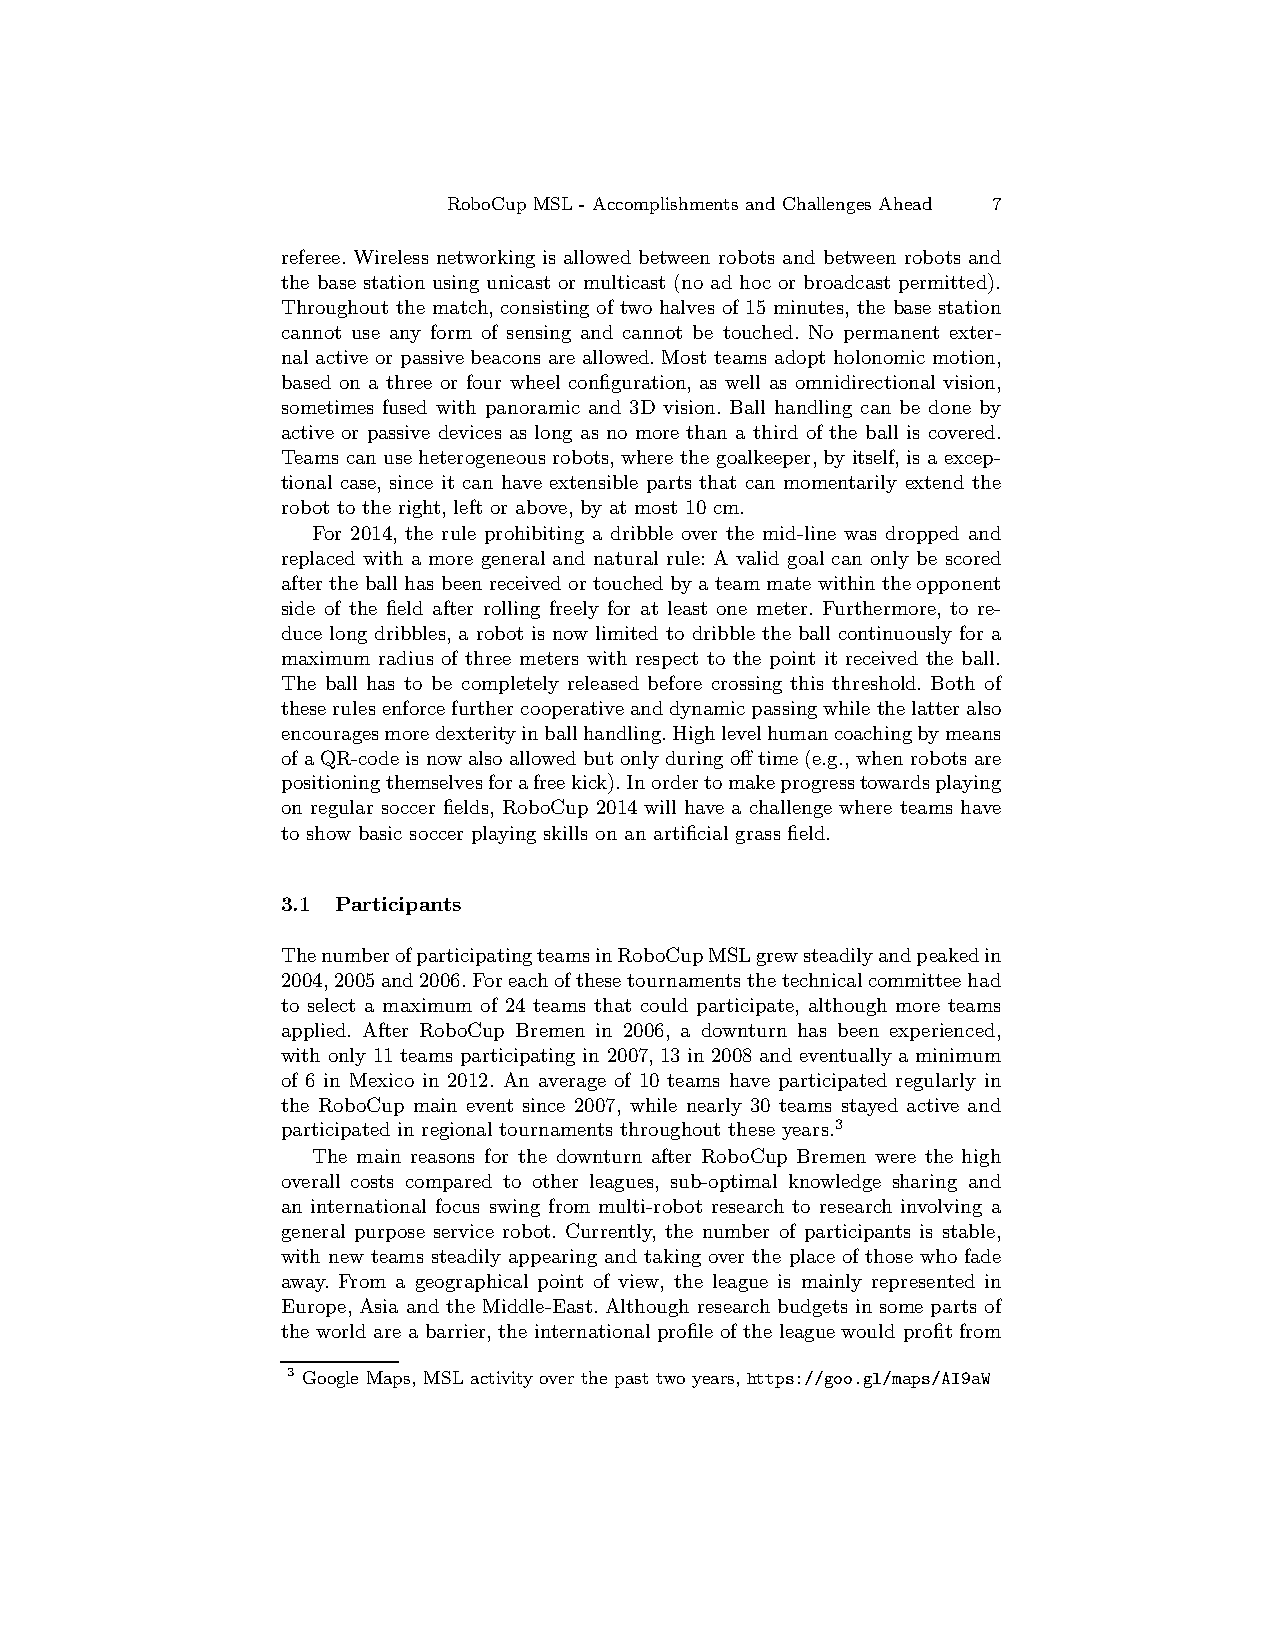
RoboCup MSL - Accomplishments and Challenges Ahead 7
 referee. Wireless networking is allowed between robots and between robots and
 the base station using unicast or multicast (no ad hoc or broadcast permitted).
 Throughout the match, consisting of two halves of 15 minutes, the base station
 cannot use any form of sensing and cannot be touched. No permanent exter-
 nal active or passive beacons are allowed. Most teams adopt holonomic motion,
 based on a three or four wheel configuration, as well as omnidirectional vision,
 sometimes fused with panoramic and 3D vision. Ball handling can be done by
 active or passive devices as long as no more than a third of the ball is covered.
 Teams canuse heterogeneousrobots,where the goalkeeper,by itself, is a excep-
 tional case, since it can have extensible parts that can momentarily extend the
 robot to the right, left or above, by at most 10 cm.
 For 2014, the rule prohibiting a dribble over the mid-line was dropped and
 replaced with a more general and natural rule: A valid goal can only be scored
 after the ballhas beenreceivedortouchedby a teammate within the opponent
 side of the field after rolling freely for at least one meter. Furthermore, to re-
 duce long dribbles, a robot is now limited to dribble the ball continuously for a
 maximum radius of three meters with respect to the point it received the ball.
 The ball has to be completely released before crossing this threshold. Both of
 theserulesenforcefurthercooperativeanddynamicpassingwhilethelatteralso
 encouragesmoredexterityinballhandling.Highlevelhumancoachingbymeans
 ofaQR-codeis nowalsoallowedbutonly duringofftime (e.g.,whenrobotsare
 positioningthemselvesforafreekick).Inordertomakeprogresstowardsplaying
 on regular soccer fields, RoboCup 2014 will have a challenge where teams have
 to show basic soccer playing skills on an artificial grass field.
 3.1 Participants
 ThenumberofparticipatingteamsinRoboCupMSLgrewsteadilyandpeakedin
 2004,2005and2006.Foreachofthesetournamentsthetechnicalcommitteehad
 to select a maximum of 24 teams that could participate, although more teams
 applied. After RoboCup Bremen in 2006, a downturn has been experienced,
 with only 11 teams participating in 2007,13 in 2008 and eventually a minimum
 of 6 in Mexico in 2012. An average of 10 teams have participated regularly in
 the RoboCup main event since 2007, while nearly 30 teams stayed active and
 participated in regional tournaments throughout these years.3
 The main reasons for the downturn after RoboCup Bremen were the high
 overall costs compared to other leagues, sub-optimal knowledge sharing and
 an international focus swing from multi-robot research to research involving a
 general purpose service robot. Currently, the number of participants is stable,
 with new teams steadily appearing and taking over the place of those who fade
 away. From a geographical point of view, the league is mainly represented in
 Europe, Asia and the Middle-East. Although research budgets in some parts of
 the world are a barrier,the internationalprofile of the league would profit from
 3 Google Maps, MSL activity over thepast two years, https://goo.gl/maps/AI9aW